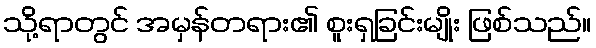
သို့ရာတွင် အမှန်တရား၏ စူးရှခြင်းမျိုး ဖြစ်သည်။